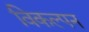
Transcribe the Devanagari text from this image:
विकल्पन